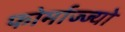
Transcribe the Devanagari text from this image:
फोर्माज्ज्यो